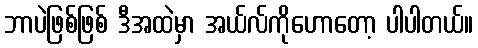
ဘာပဲဖြစ်ဖြစ် ဒီအထဲမှာ အယ်လ်ကိုဟောတော့ ပါပါတယ်။